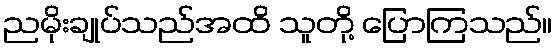
ညမိုးချုပ်သည်အထိ သူတို့ ပြောကြသည်။